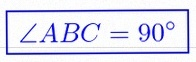
\angle ABC=90^\circ